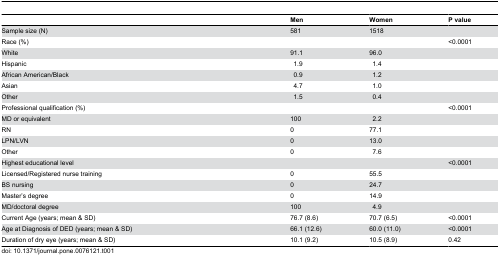
<table><thead><tr><td></td><td><b>Men</b></td><td><b>Women</b></td><td><b>P value</b></td></tr></thead><tbody><tr><td>Sample size (N)</td><td>581</td><td>1518</td><td></td></tr><tr><td>Race (%)</td><td></td><td></td><td>&lt;0.0001</td></tr><tr><td>White</td><td>91.1</td><td>96.0</td><td></td></tr><tr><td>Hispanic</td><td> 1.9</td><td> 1.4</td><td></td></tr><tr><td>African American/Black</td><td> 0.9</td><td> 1.2</td><td></td></tr><tr><td>Asian</td><td> 4.7</td><td> 1.0</td><td></td></tr><tr><td>Other</td><td> 1.5</td><td> 0.4</td><td></td></tr><tr><td>Professional qualification (%)</td><td></td><td></td><td>&lt;0.0001</td></tr><tr><td>MD or equivalent</td><td>100</td><td> 2.2</td><td></td></tr><tr><td>RN</td><td>0</td><td>77.1</td><td></td></tr><tr><td>LPN/LVN</td><td>0</td><td>13.0</td><td></td></tr><tr><td>Other</td><td>0</td><td> 7.6</td><td></td></tr><tr><td>Highest educational level</td><td></td><td></td><td>&lt;0.0001</td></tr><tr><td>Licensed/Registered nurse training</td><td>0</td><td>55.5</td><td></td></tr><tr><td>BS nursing</td><td>0</td><td>24.7</td><td></td></tr><tr><td>Master’s degree</td><td>0</td><td>14.9</td><td></td></tr><tr><td>MD/doctoral degree</td><td>100</td><td> 4.9</td><td></td></tr><tr><td>Current Age (years; mean &amp; SD)</td><td>76.7 (8.6)</td><td>70.7 (6.5)</td><td>&lt;0.0001</td></tr><tr><td>Age at Diagnosis of DED (years; mean &amp; SD)</td><td>66.1 (12.6)</td><td>60.0 (11.0)</td><td>&lt;0.0001</td></tr><tr><td>Duration of dry eye (years; mean &amp; SD)</td><td>10.1 (9.2)</td><td>10.5 (8.9)</td><td>0.42</td></tr></tbody></table>